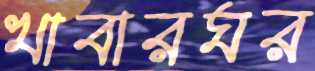
খাবারঘর